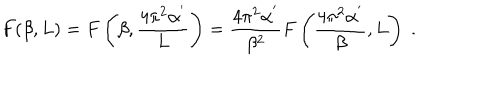
LaTeX: F ( \beta , L ) = F \left( \beta , \frac { 4 \pi ^ { 2 } \alpha ^ { ' } } { L } \right) = \frac { 4 \pi ^ { 2 } \alpha ^ { ' } } { \beta ^ { 2 } } F \left( \frac { 4 \pi ^ { 2 } \alpha ^ { ' } } { \beta } , L \right) \; .